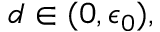
d \in ( 0 , \epsilon _ { 0 } ) ,